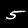
Label: 5